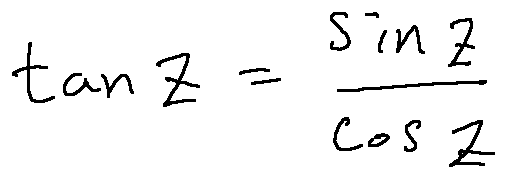
\tan z = \frac { \sin z } { \cos z }